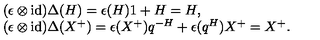
\begin{array} { r c l } { } & { } & { ( \epsilon \otimes \mathrm { i d } ) \Delta ( H ) = \epsilon ( H ) 1 + H = H , } \\ { } & { } & { ( \epsilon \otimes \mathrm { i d } ) \Delta ( X ^ { + } ) = \epsilon ( X ^ { + } ) q ^ { - H } + \epsilon ( q ^ { H } ) X ^ { + } = X ^ { + } . } \\ \end{array}